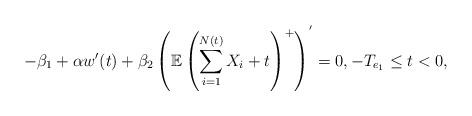
LaTeX: \begin{align*}- \beta_1 +\alpha w'(t) + \beta_2 \left( \mathbb{E}\left(\sum_{i=1}^{N(t)}X_i+t\right)^{+}\right)^{'} =0, -T_{e_1}\leq t < 0, \end{align*}